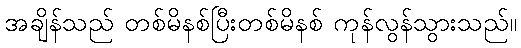
အချိန်သည် တစ်မိနစ်ပြီးတစ်မိနစ် ကုန်လွန်သွားသည်။